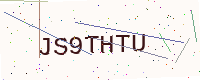
Text: JS9THTU